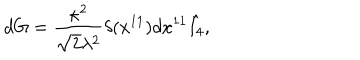
d G = { \frac { \kappa ^ { 2 } } { \sqrt { 2 } \lambda ^ { 2 } } } \delta ( x ^ { 1 1 } ) d x ^ { 1 1 } \hat { I _ { 4 } } ,